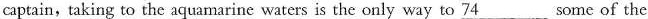
captain,taking to the aquamarine waters is the only way to \underline{74} some of the